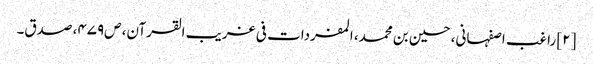
[۲] راغب اصفہانی، حسین بن محمد، المفردات فی غریب القرآن، ص‌۴۷۹، صدق۔